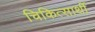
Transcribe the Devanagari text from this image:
चिकित्सार्थी